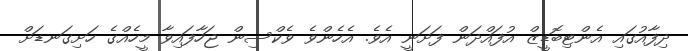
ދިފާއުގައި އެންޓިބޮޑީޒް އުފައްދަން ފަށަނީ އެވެ. އެހެންވެ ވެކްސިން ޖަހާފައިވާ މީހެއްގެ ހަށިގަނޑަށް